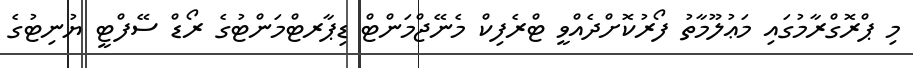
މި ޕްރޮގްރާމުގައި މަޢުލޫމާތު ފޯރުކޮށްދެއްވީ ޓްރެފިކް މެނޭޖްމަންޓް ޑިޕާރޓްމަންޓުގެ ރޯޑް ސޭފްޓީ ޔުނިޓުގެ